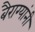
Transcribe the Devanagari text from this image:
बैराग्यांनी